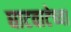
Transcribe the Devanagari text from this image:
घाटवाटेच्या